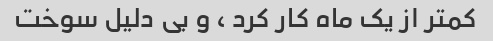
کمتر از یک ماه کار کرد ، و بی دلیل سوخت